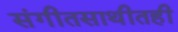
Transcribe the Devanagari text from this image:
संगीतसाथीतही